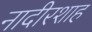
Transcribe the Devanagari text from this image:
नादीरशाह